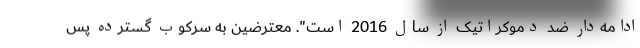
ادامه‌دار ضد دموکراتیک از سال 2016 است". معترضین به سرکوب گسترده پس